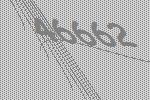
46662